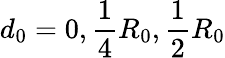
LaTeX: d_{0}=0,\frac{1}{4}R_{\mathrm{0}},\frac{1}{2}R_{\mathrm{0}}